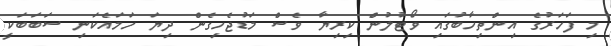
މި ފަހަރުގެ އިންތިހާބުގައި ވޯޓުލުން ކިރިޔާ ވެސް މަޑުޖެހިގެން ދިޔަ ހަމައެކަނި ސަބަބަކީ